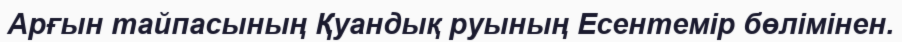
Арғын тайпасының Қуандық руының Есентемір бөлімінен.